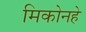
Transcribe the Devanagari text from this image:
मिकोनहे